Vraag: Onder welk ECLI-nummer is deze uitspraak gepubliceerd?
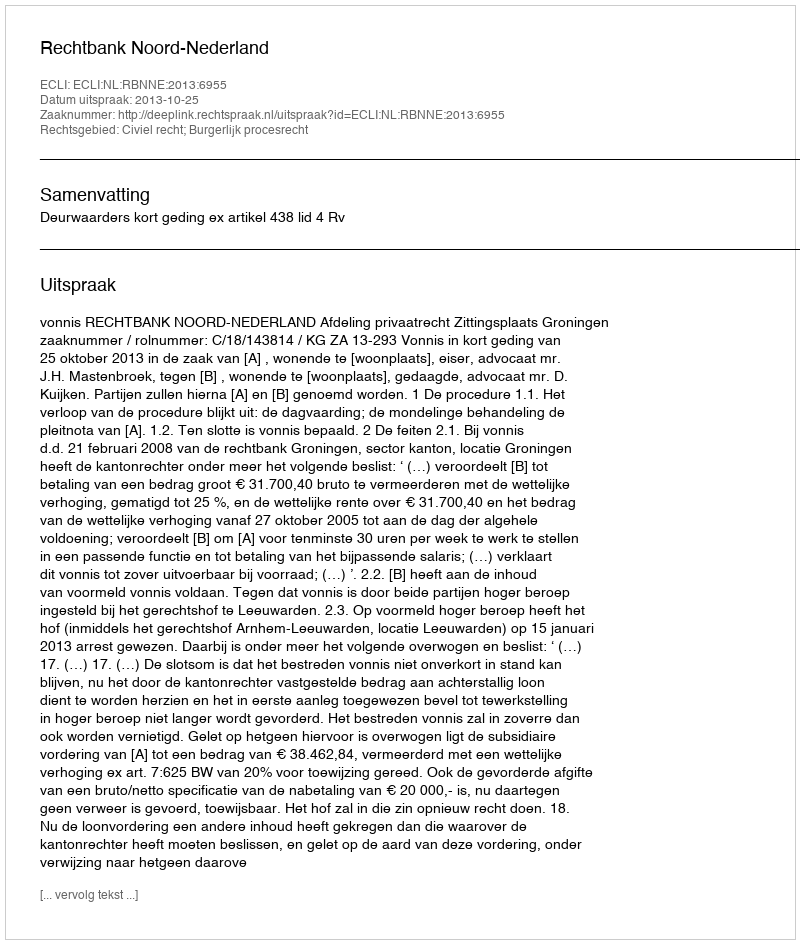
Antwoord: ECLI:NL:RBNNE:2013:6955